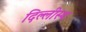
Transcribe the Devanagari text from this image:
दिल्लीस्थ